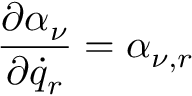
\frac { \partial \alpha _ { \nu } } { \partial { \dot { q } } _ { r } } = \alpha _ { \nu , r }